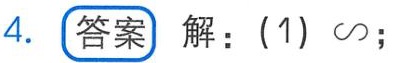
4. **答案** 解：(1) $\infty$；